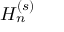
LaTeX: H _ { n } ^ { ( s ) }